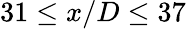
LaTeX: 31\le x/D\le 37